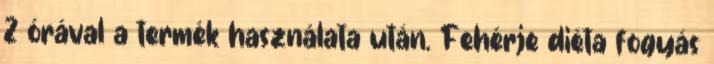
2 órával a termék használata után. Fehérje diéta fogyás